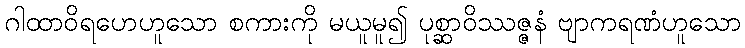
ဂါထာဝိရဟေဟူသော စကားကို မယူမူ၍ ပုစ္ဆာဝိဿဇ္ဇနံ ဗျာကရဏံဟူသော